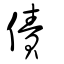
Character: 債